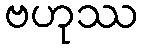
ဗဟုဿ